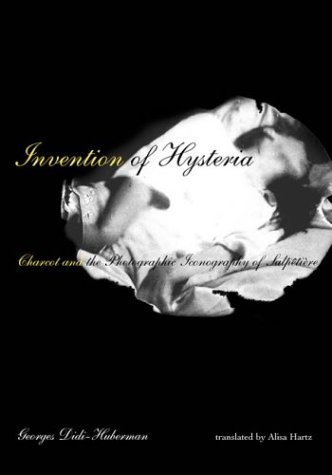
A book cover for Invention of Hysteria: Charcot and the Photographic Iconography of the SalpÃªtriÃ¨re; Georges Didi-Huberman; Medical Books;